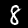
Label: 8